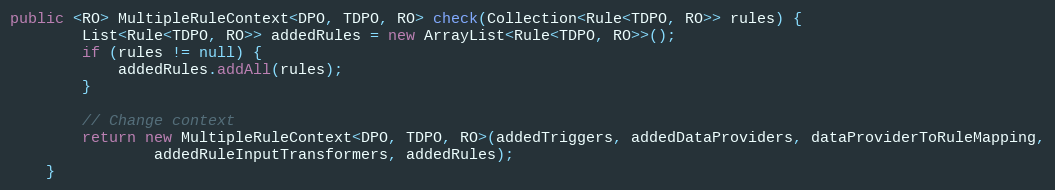
Language: Java
public <RO> MultipleRuleContext<DPO, TDPO, RO> check(Collection<Rule<TDPO, RO>> rules) {
        List<Rule<TDPO, RO>> addedRules = new ArrayList<Rule<TDPO, RO>>();
        if (rules != null) {
            addedRules.addAll(rules);
        }

        // Change context
        return new MultipleRuleContext<DPO, TDPO, RO>(addedTriggers, addedDataProviders, dataProviderToRuleMapping,
                addedRuleInputTransformers, addedRules);
    }